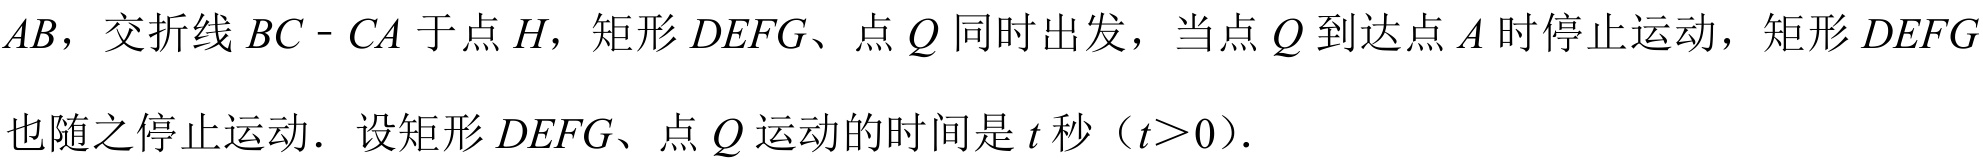
\(AB\)，交折线\(BC - CA\)于点\(H\)，矩形\(DEFG\)、点\(Q\)同时出发，当点\(Q\)到达点\(A\)时停止运动，矩形\(DEFG\)
也随之停止运动．设矩形\(DEFG\)、点\(Q\)运动的时间是\(t\)秒（\(t>0\)）.